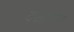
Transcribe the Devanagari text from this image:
दक्षीनेत